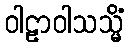
ဝါဠာဝါသသ္မိံ